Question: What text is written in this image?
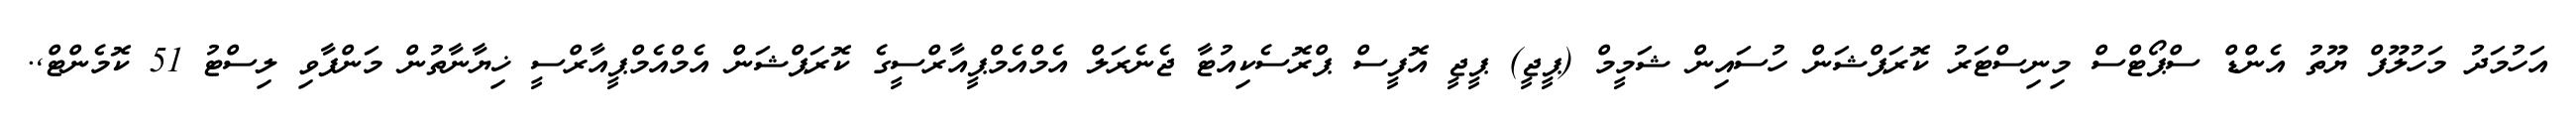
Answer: އަހުމަދު މަހުލޫފް ޔޫތު އެންޑް ސްޕޯޓްސް މިނިސްޓަރު ކޮރަޕްޝަން ހުސައިން ޝަމީމް (ޕީޖީ) ޕީޖީ އޮފީސް ޕްރޮސެކިއުޓާ ޖެނެރަލް އެމްއެމްޕީއާރްސީގެ ކޮރަޕްޝަން އެމްއެމްޕީއާރްސީ ޚިޔާނާތުން މަންފާވި ލިސްޓު 51 ކޮމެންޓް,.